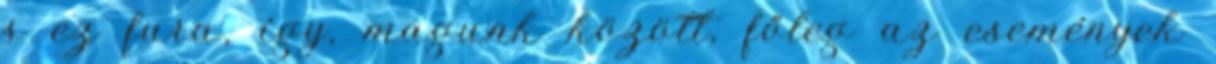
s ez fura, így, magunk között, főleg az események